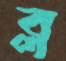
ব্ল